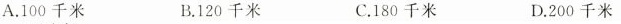
A.100千米 B.120千米 C.180千米 D.200千米